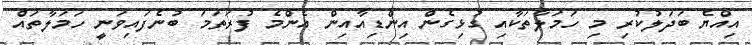
އިއްޔެ ބަދަލުކުރި މި ހަމަލާތަކާއި ގުޅިގެން އިންޑިއާއިން އެންމެ ފުރަތަމަ ބުނެފައިވަނީ ހަމަލާތައް